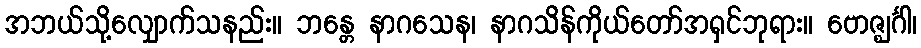
အဘယ်သို့လျှောက်သနည်း။ ဘန္တေ နာဂသေန၊ နာဂသိန်ကိုယ်တော်အရှင်ဘုရား။ ဗောဇ္ဈင်္ဂါ၊